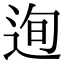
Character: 迿